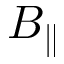
B _ { \parallel }